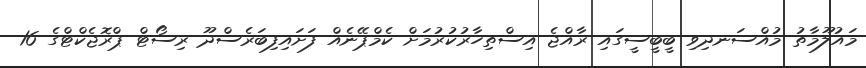
މައުލޫމާތު މުއްސަނދިވި ބީބީސީގައި ރާއްޖެ އިސްތިހާރުކުރުމަށް ކެމްޕޭނެއް ފަށައިފިބަރެސްދޫ ރިސޯޓް ޕްރޮޖެކްޓްގެ 16